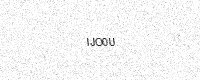
Text: IJO0U